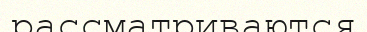
рассматриваются